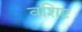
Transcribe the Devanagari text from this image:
वशिष्ट